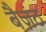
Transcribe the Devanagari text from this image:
बैज़ंठ